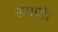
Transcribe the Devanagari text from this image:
झपटी।